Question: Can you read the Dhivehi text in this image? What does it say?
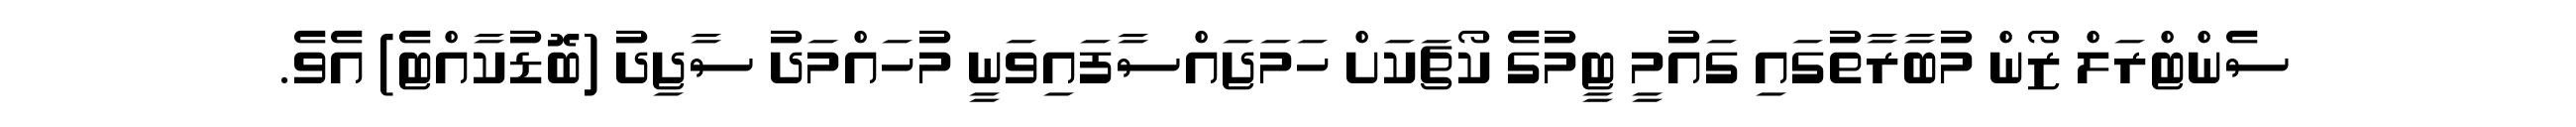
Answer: ސެންޓްރަލް ޒޯން މުބާރާތުގައި ގައުމީ ޓީމުގެ ކޯޗަކަށް ހަމަޖައްސާފައިވަނީ މުހައްމަދު ސާޖިދު (ބޮޑުކާއްޓެ) އެވެ.